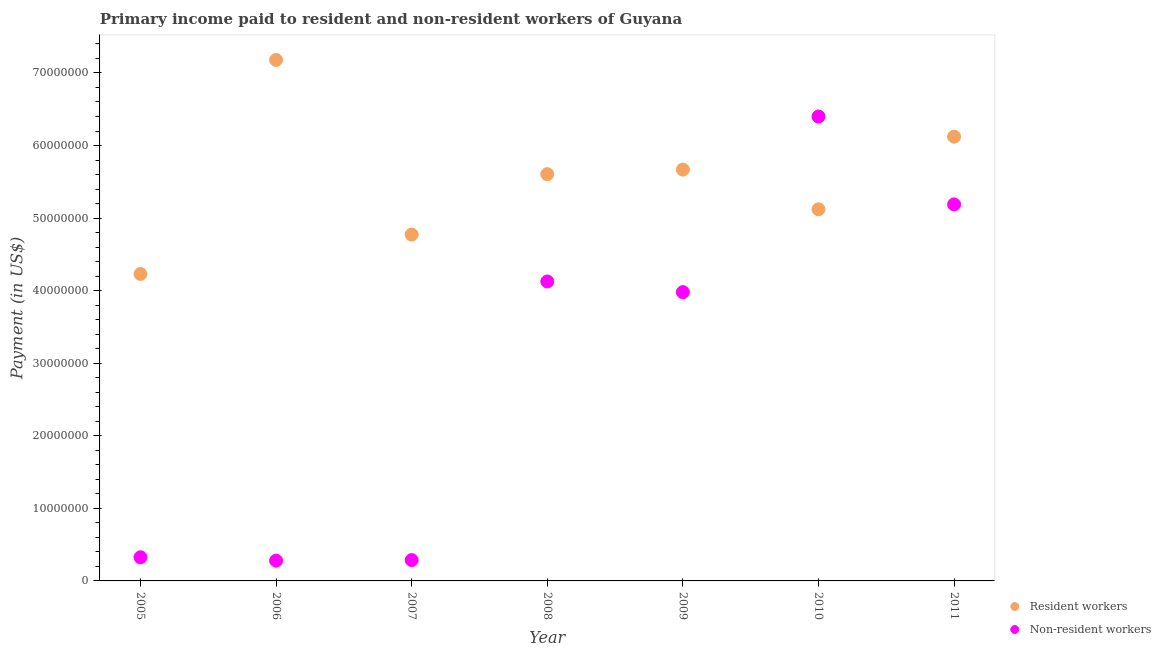
| Year | Resident workers | Non-resident workers |
 | --- | --- | --- |
 | 2005 | 4.23e+07 | 3.26e+06 |
 | 2006 | 7.18e+07 | 2.8e+06 |
 | 2007 | 4.77e+07 | 2.87e+06 |
 | 2008 | 5.61e+07 | 4.13e+07 |
 | 2009 | 5.67e+07 | 3.98e+07 |
 | 2010 | 5.12e+07 | 6.4e+07 |
 | 2011 | 6.12e+07 | 5.19e+07 |